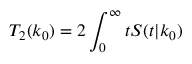
T _ { 2 } ( k _ { 0 } ) = 2 \int _ { 0 } ^ { \infty } t S ( t | k _ { 0 } )